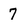
Character: 7